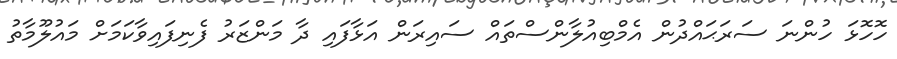
ހޮހޮޅަ ހުންނަ ސަރަޙައްދުން އެމްބިއުލާންސްތައް ސައިރަން އަޅާފައި ދާ މަންޒަރު ފެނިފައިވާކަމަށް މައުލޫމާތު